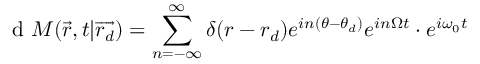
\textrm { d } M ( \overrightarrow { r } , t | \overrightarrow { r _ { d } } ) = \sum _ { n = - \infty } ^ { \infty } \delta ( r - r _ { d } ) e ^ { i n ( \theta - \theta _ { d } ) } e ^ { i n \Omega t } \cdot e ^ { i \omega _ { 0 } t }